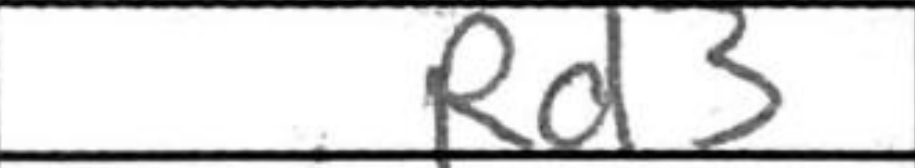
Transcription: Rd3